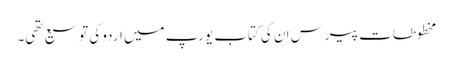
مخطوطات پیرس ان کی کتاب یورپ میں اردو کی توسیع تھی۔